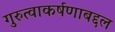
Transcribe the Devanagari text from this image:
गुरुत्वाकर्षणाबद्दल